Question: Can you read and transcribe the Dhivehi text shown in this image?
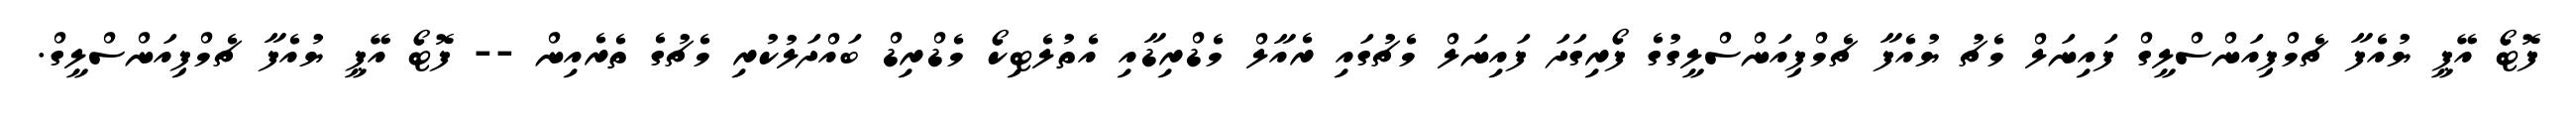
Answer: ފޮޓޯ އޭޕީ ޔުއެފާ ޗެމްޕިއަންސްލީގް ފައިނަލް މެޗު ޔުއެފާ ޗެމްޕިއަންސްލީގުގެ ފޯރިގަދަ ފައިނަލް މެޗުގައި ރެއާލް މެޑްރިޑާއި އެތުލެޓިކޯ މެޑްރިޑް ބައްދަލުކުރި މެޗުގެ ތެރެއިން -- ފޮޓޯ އޭޕީ ޔުއެފާ ޗެމްޕިއަންސްލީގް.